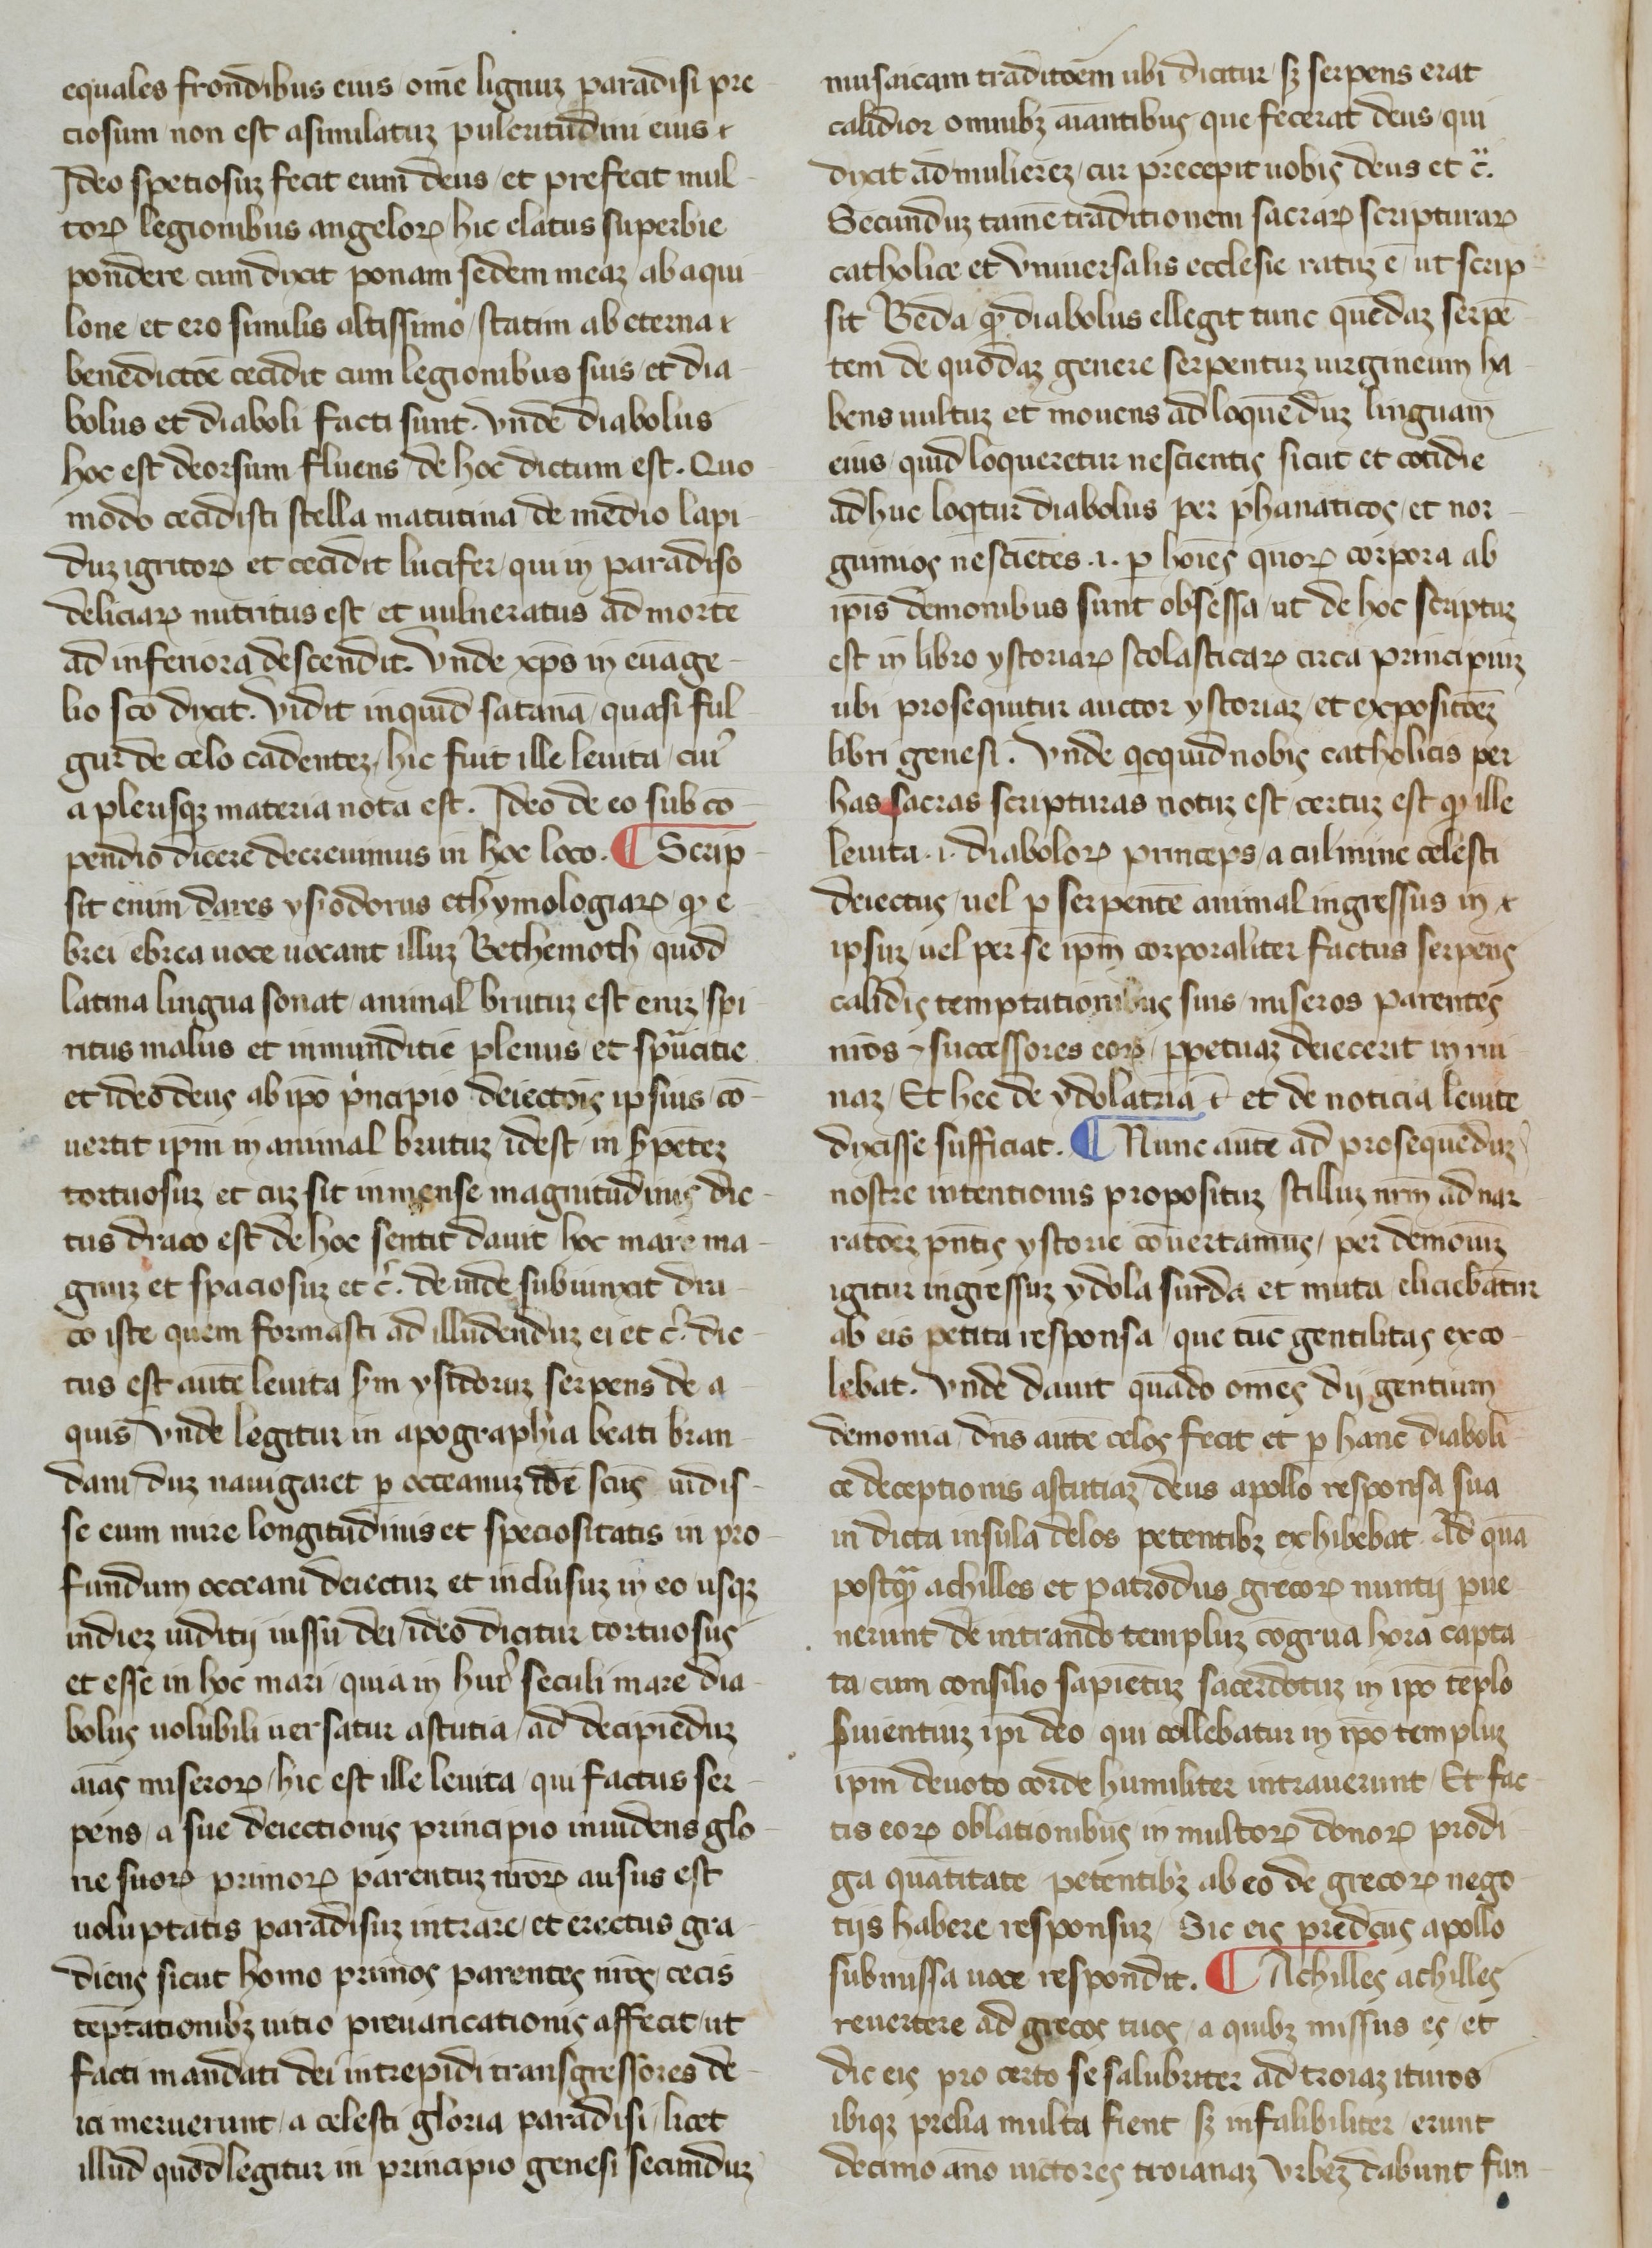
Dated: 1365–1375